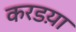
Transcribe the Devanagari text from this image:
करडय़ा